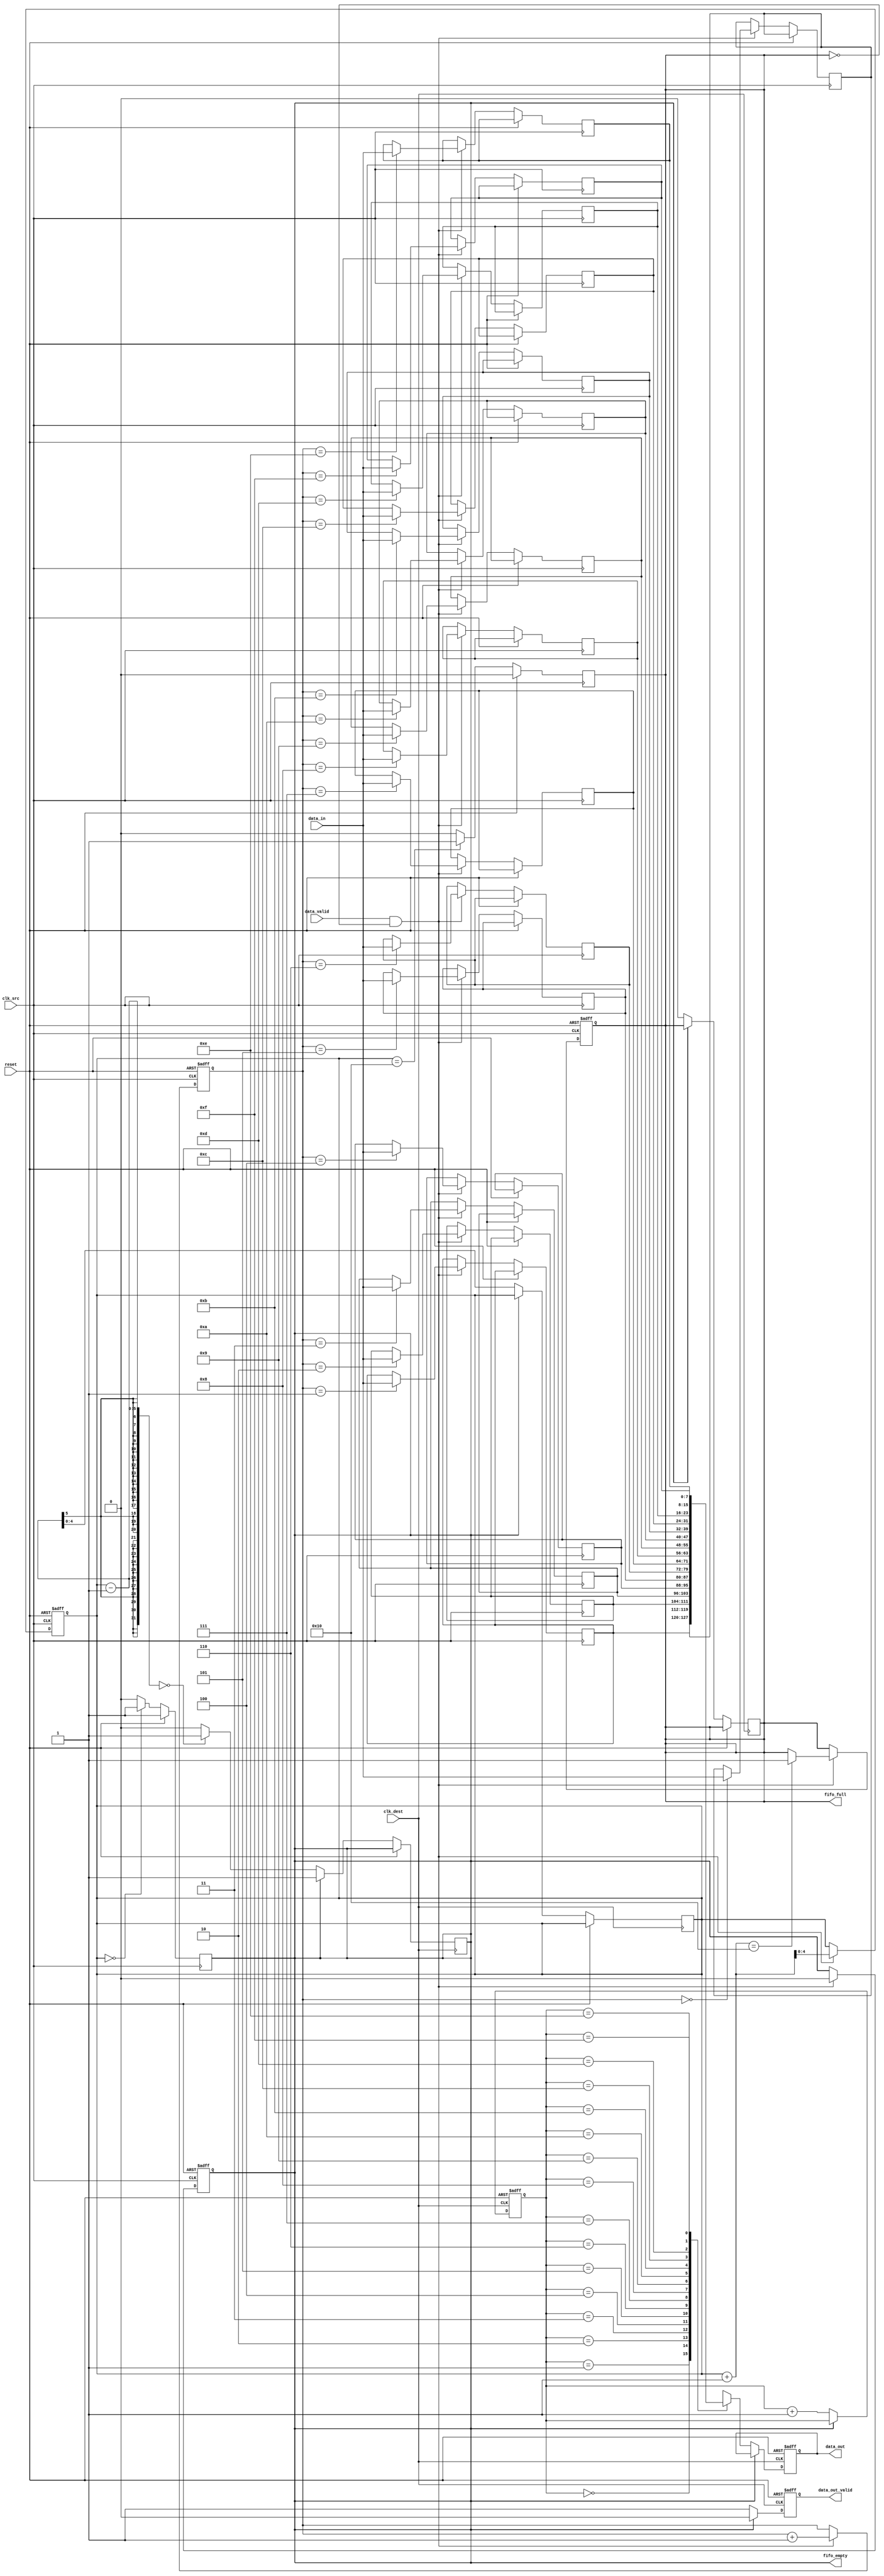
module burst_mode_synchronizer #(
    parameter DATA_WIDTH = 8,       // Width of the data
    parameter FIFO_DEPTH = 16        // Depth of the FIFO
)(
    input wire clk_src,              // Source clock
    input wire clk_dest,             // Destination clock
    input wire reset,                // Reset signal
    input wire [DATA_WIDTH-1:0] data_in,   // Data input from source clock domain
    input wire data_valid,           // Data valid signal from source
    output reg [DATA_WIDTH-1:0] data_out, // Data output to destination clock domain
    output reg data_out_valid,       // Data valid signal to destination
    output reg fifo_full,            // FIFO full flag
    output reg fifo_empty            // FIFO empty flag
);

    // FIFO Buffer
    reg [DATA_WIDTH-1:0] fifo_mem [0:FIFO_DEPTH-1];
    reg [$clog2(FIFO_DEPTH)-1:0] write_ptr, read_ptr;
    reg [$clog2(FIFO_DEPTH):0] fifo_count; // Count of items in FIFO

    // Reset and Initialize FIFO
    always @(posedge clk_src or posedge reset) begin
        if (reset) begin
            write_ptr <= 0;
            fifo_count <= 0;
            fifo_full <= 0;
            fifo_empty <= 1;
        end else begin
            if (data_valid && !fifo_full) begin
                fifo_mem[write_ptr] <= data_in;
                write_ptr <= write_ptr + 1;
                fifo_count <= fifo_count + 1;
                fifo_empty <= 0;
                if (fifo_count + 1 == FIFO_DEPTH) begin
                    fifo_full <= 1;
                end
            end
        end
    end

    // Read from FIFO in destination clock domain
    always @(posedge clk_dest or posedge reset) begin
        if (reset) begin
            read_ptr <= 0;
            data_out_valid <= 0;
            data_out <= 0;
        end else begin
            if (!fifo_empty) begin
                data_out <= fifo_mem[read_ptr];
                data_out_valid <= 1;
                read_ptr <= read_ptr + 1;
                fifo_count <= fifo_count - 1;
                if (fifo_count - 1 == 0) begin
                    fifo_empty <= 1;
                end
                fifo_full <= 0;
            end else begin
                data_out_valid <= 0;
            end
        end
    end

    // FIFO Status Management
    always @(posedge clk_src) begin
        if (reset) begin
            fifo_full <= 0;
            fifo_empty <= 1;
        end else begin
            // Update full/empty flags based on count
            if (fifo_count == 0) begin
                fifo_empty <= 1;
            end else begin
                fifo_empty <= 0;
            end

            if (fifo_count == FIFO_DEPTH) begin
                fifo_full <= 1;
            end else begin
                fifo_full <= 0;
            end
        end
    end

endmodule